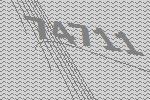
74711